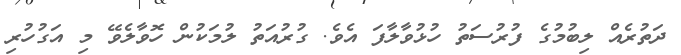
ދަތުރެއް ލިބުމުގެ ފުރުސަތު ހުޅުވާލާފަ އެވެ. ގުރުއަތު ލުމަކުން ހޮވާލެވޭ މި އަގުހުރި